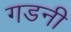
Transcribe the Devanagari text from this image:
गडनी